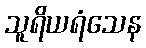
သူရိယရံသေန